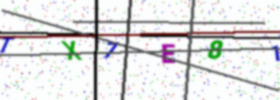
Text: TX7E81